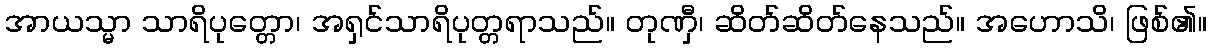
အာယသ္မာ သာရိပုတ္တော၊ အရှင်သာရိပုတ္တရာသည်။ တုဏှီ၊ ဆိတ်ဆိတ်နေသည်။ အဟောသိ၊ ဖြစ်၏။